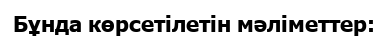
Бұнда көрсетілетін мәліметтер: